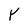
Character: Y